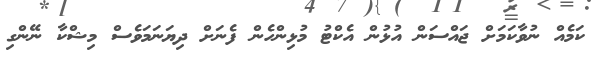
ކަމެއް ނުވާކަމަށް ޖައްސަން އުޅުން އެކްޓު މުޅިންހެން ފެނަށް ދިޔަނަމަވެސް މިޝްކާ ނޭންގި